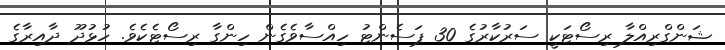
ޝަންގްރިއްލާ ރިސޯޓަކީ ސަރުކާރުގެ 30 ޕަސެންޓު ހިއްސާވެގެން ހިންގާ ރިސޯޓެކެވެ. ހުޅުދޫ ދާއިރާގެ